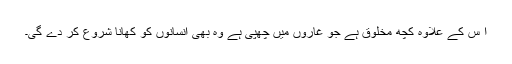
اُ س کے علاوہ کچھ مخلوق ہے جو غاروں میں چھپی ہے وہ بھی انسانوں کو کھانا شروع کر دے گی۔